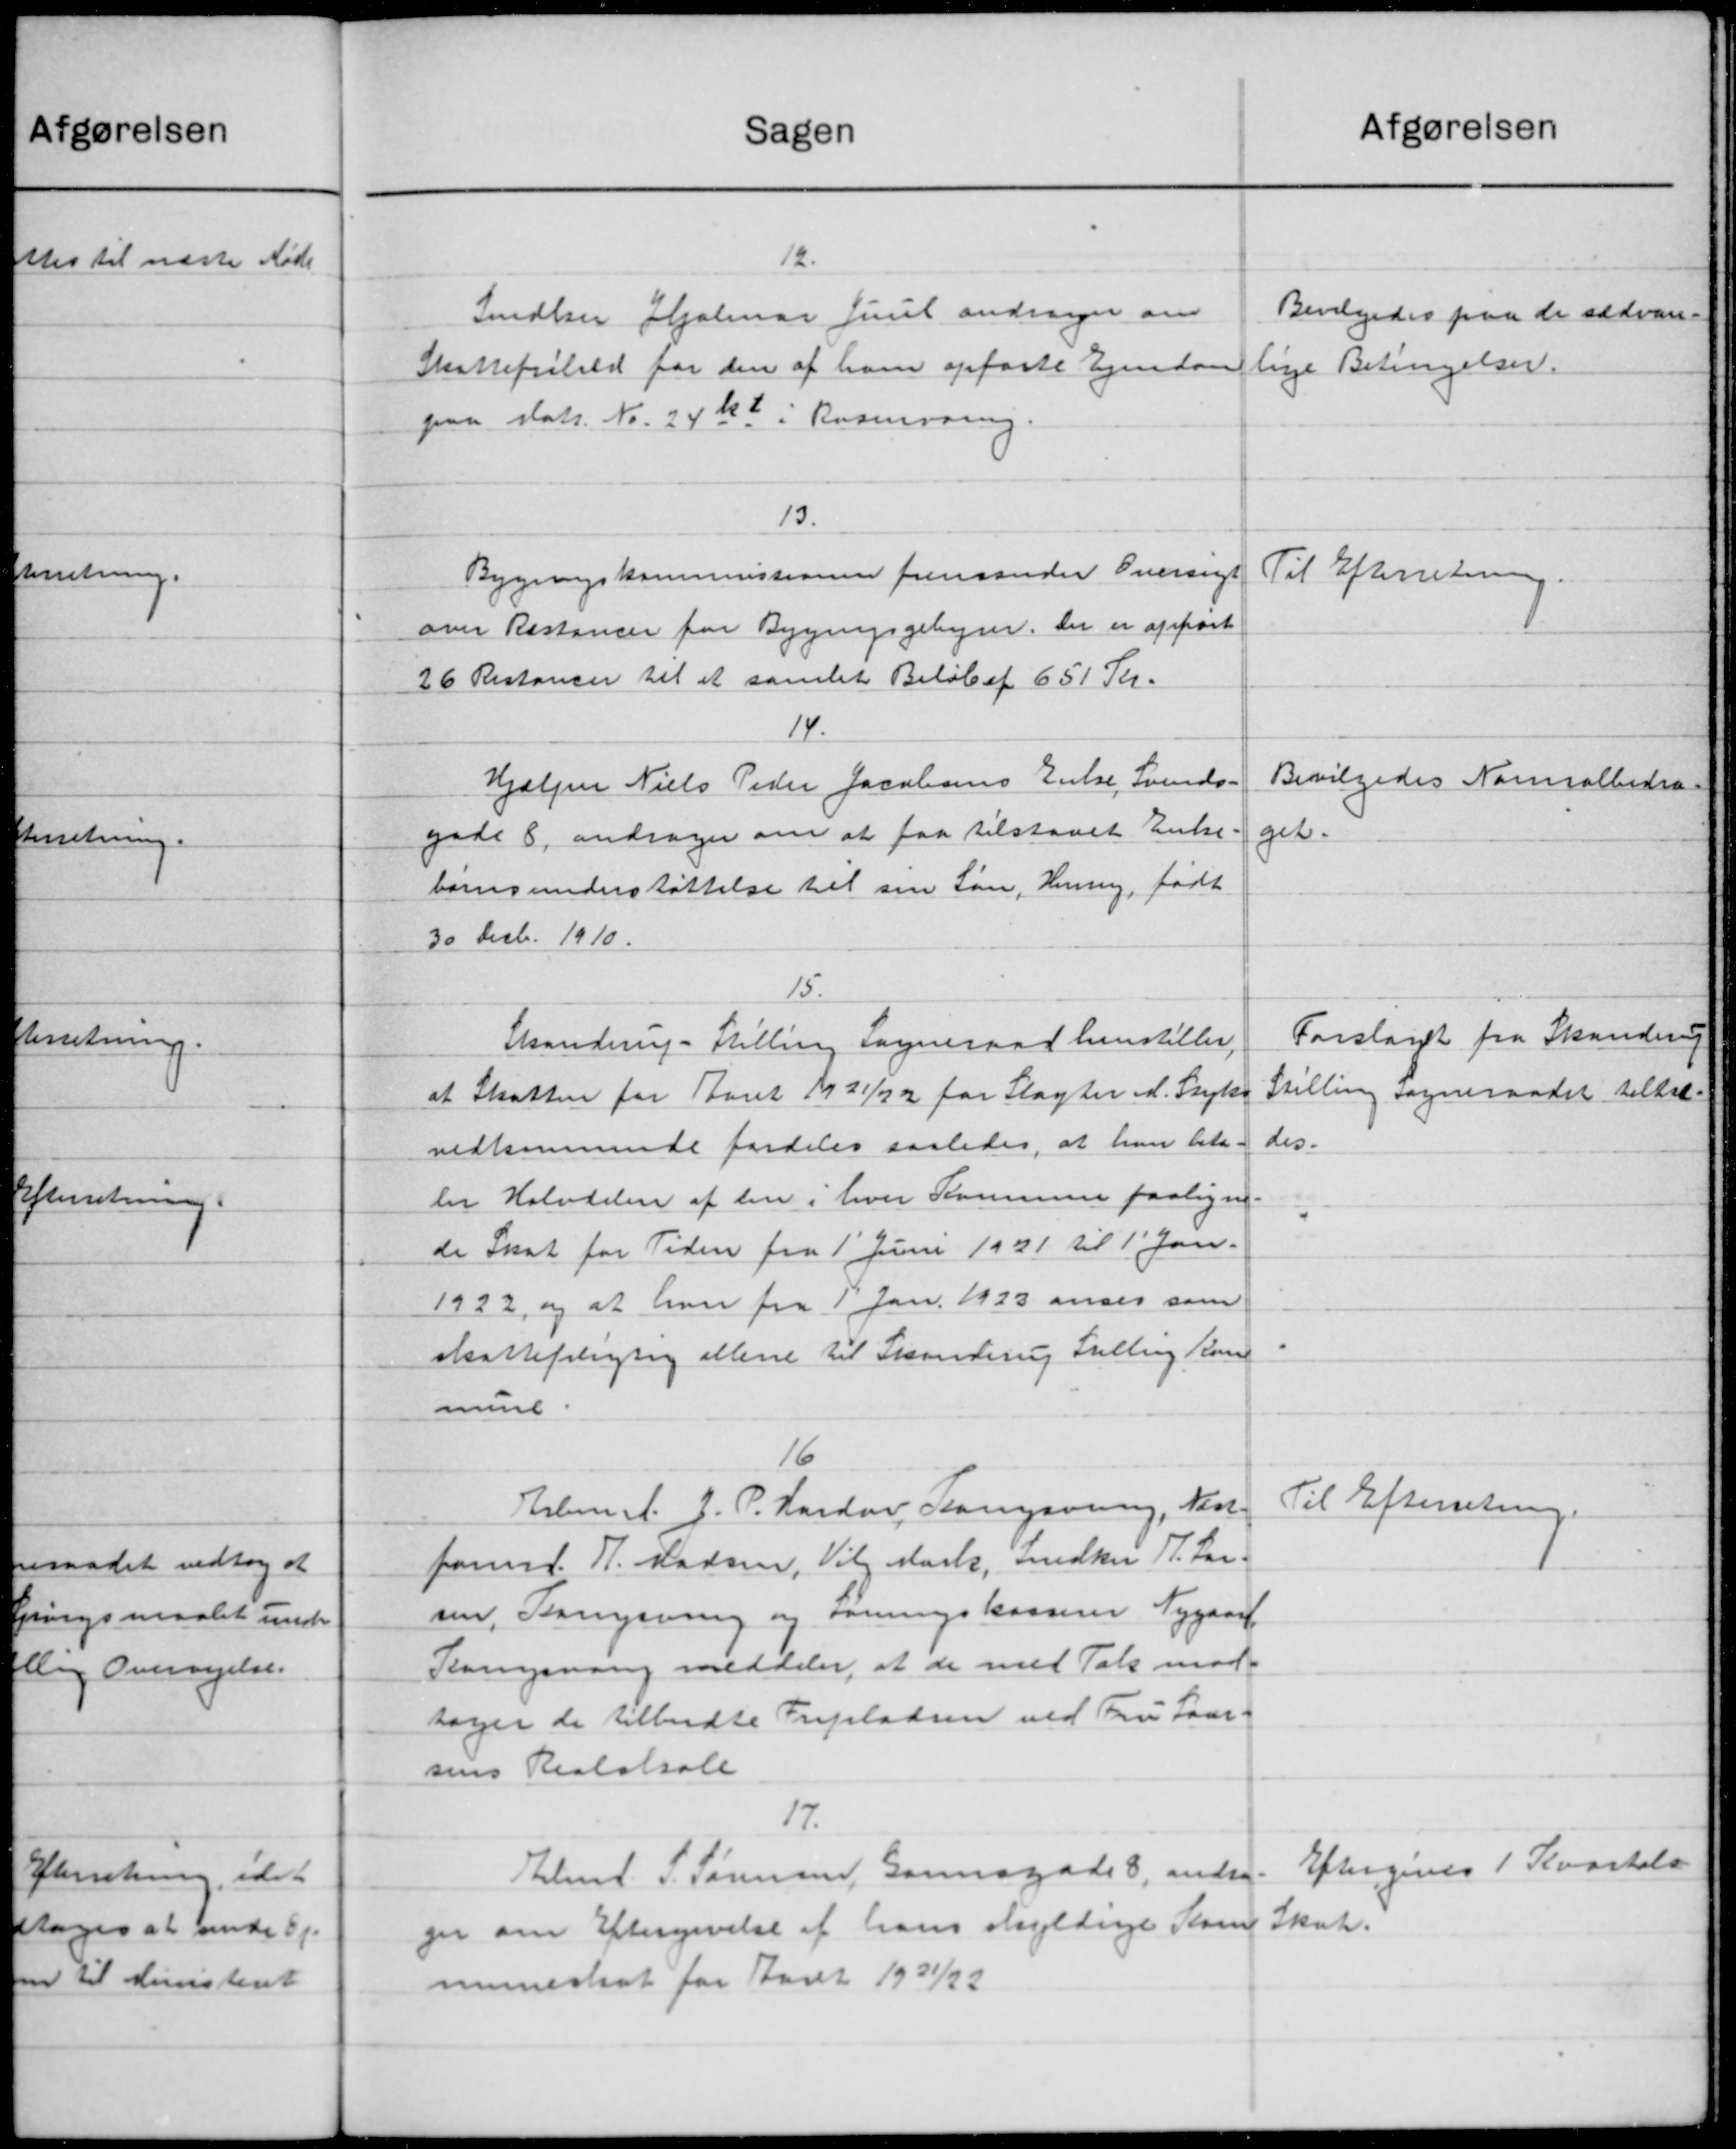
Transskription:
afgørelsen
Sagen
12.
Bevilgedes paa de sædvane-
Indler Hjalmar Juul andrager om
Skattefrihald for den af ham opførte Ejendom
lige Betingelser.
paa Matr. No. 24 Kr i Rosenvaring.
13.
Bygningskommissionen fremsender Oversigt
Til Efterretning.
over Restancer for Bygningsgebyrer. Der er apport
26 Restancer til et samlet Beløb af 651 Kr.
14.
Bevilgedes Norralbidra-
Hjælper Niels Peder Jacobsens Enke, Svends-
gade 8, andrager om at faa tilstaaet Enke-
get.
børnsunderstøttelse til sin Løn, Henning, født
30 Decbr. 1910.
15.
Forslaget fra Skanderup
Skanderup - Stilling Sogneraad henstiller.
Stilling Sogneraadet tiltal-
at Skatten for Aaret 1921/22 for Slagter A. Styke
des.
vedkommende fordeles saaledes, at han beta
ler Halvdelen af den i hver Kommune paaligne
de Skat for Tiden fra 1' Juni 1921 til 1' Jan.
1922, og at hver fra 1 Jan. 1923 anses som
skattepligtig allere til Skanderup Stilling kan
mune.
16
Til Efterretning.
Arbmd. J. P. Hardov, Slangsvang, Mar-
formd. R. Madsen, Vilg Mark, Snedker P. Lar-
sen, Tennysning og ovenningskasserer Nygaar
Korsvang meddeler, at de med Tak mod-
sager de tilbudte Fripladsen ved Fru Laar-
sens Realskole
17.
Eftergives 1 Kvartale
Elml. S. Sørensen, Gamsgade 8, andre
ger om Eftergivelse af hans skyldige Som Skat.
muneskat for Aaret 1931/32